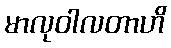
မာလုဝါလတာဟိ